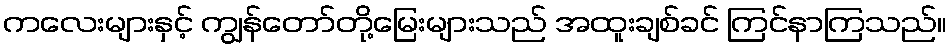
ကလေးများနှင့် ကျွန်တော်တို့မြေးများသည် အထူးချစ်ခင် ကြင်နာကြသည်။